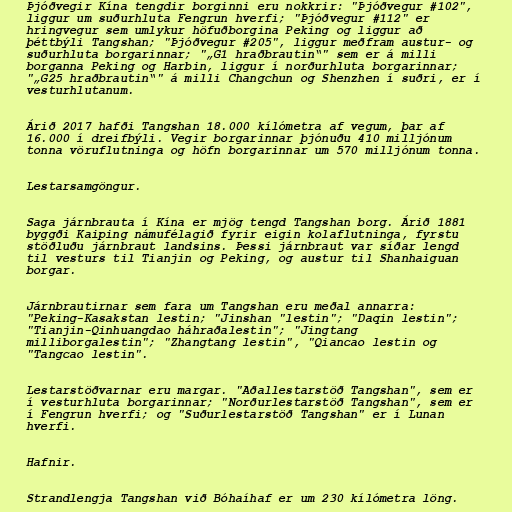
Þjóðvegir Kína tengdir borginni eru nokkrir: "Þjóðvegur #102",
liggur um suðurhluta Fengrun hverfi; "Þjóðvegur #112" er
hringvegur sem umlykur höfuðborgina Peking og liggur að
þéttbýli Tangshan; "Þjóðvegur #205", liggur meðfram austur- og
suðurhluta borgarinnar; "„G1 hraðbrautin“" sem er á milli
borganna Peking og Harbin, liggur í norðurhluta borgarinnar;
"„G25 hraðbrautin“" á milli Changchun og Shenzhen í suðri, er í
vesturhlutanum.

Árið 2017 hafði Tangshan 18.000 kílómetra af vegum, þar af
16.000 í dreifbýli. Vegir borgarinnar þjónuðu 410 milljónum
tonna vöruflutninga og höfn borgarinnar um 570 milljónum tonna.

Lestarsamgöngur.

Saga járnbrauta í Kína er mjög tengd Tangshan borg. Árið 1881
byggði Kaiping námufélagið fyrir eigin kolaflutninga, fyrstu
stöðluðu járnbraut landsins. Þessi járnbraut var síðar lengd
til vesturs til Tianjin og Peking, og austur til Shanhaiguan
borgar.

Járnbrautirnar sem fara um Tangshan eru meðal annarra:
"Peking-Kasakstan lestin; "Jinshan "lestin"; "Daqin lestin";
"Tianjin-Qinhuangdao háhraðalestin"; "Jingtang
milliborgalestin"; "Zhangtang lestin", "Qiancao lestin og
"Tangcao lestin".

Lestarstöðvarnar eru margar. "Aðallestarstöð Tangshan", sem er
í vesturhluta borgarinnar; "Norðurlestarstöð Tangshan", sem er
í Fengrun hverfi; og "Suðurlestarstöð Tangshan" er í Lunan
hverfi.

Hafnir.

Strandlengja Tangshan við Bóhaíhaf er um 230 kílómetra löng.